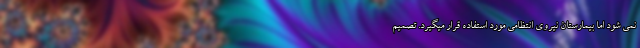
نمی شود اما بیمارستان نیروی انتظامی مورد استفاده قرار میگیرد. تصمیم